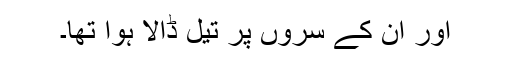
اور ان کے سروں پر تیل ڈالا ہوا تھا۔